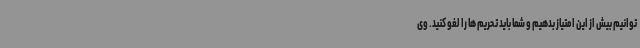
توانیم بیش از این امتیاز بدهیم و شما باید تحریم ها را لغو کنید. وی